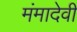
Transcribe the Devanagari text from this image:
मंमादेवी